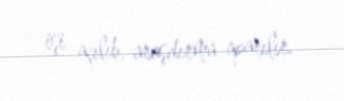
işi açılıb, araşdırma aparılır.